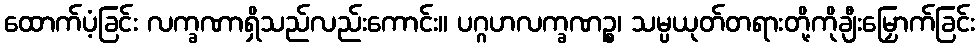
ထောက်ပံ့ခြင်း လက္ခဏာရှိသည်လည်းကောင်း။ ပဂ္ဂဟလက္ခဏဉ္စ၊ သမ္ပယုတ်တရားတို့ကိုချီးမြှောက်ခြင်း